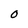
Character: O